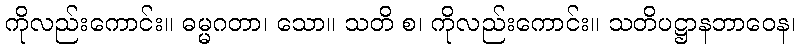
ကိုလည်းကောင်း။ ဓမ္မဂတာ၊ သော။ သတိ စ၊ ကိုလည်းကောင်း။ သတိပဋ္ဌာနဘာဝေန၊